Lunatic asylums Punjab 1911-1921 - 1911-1921
Year: 1911
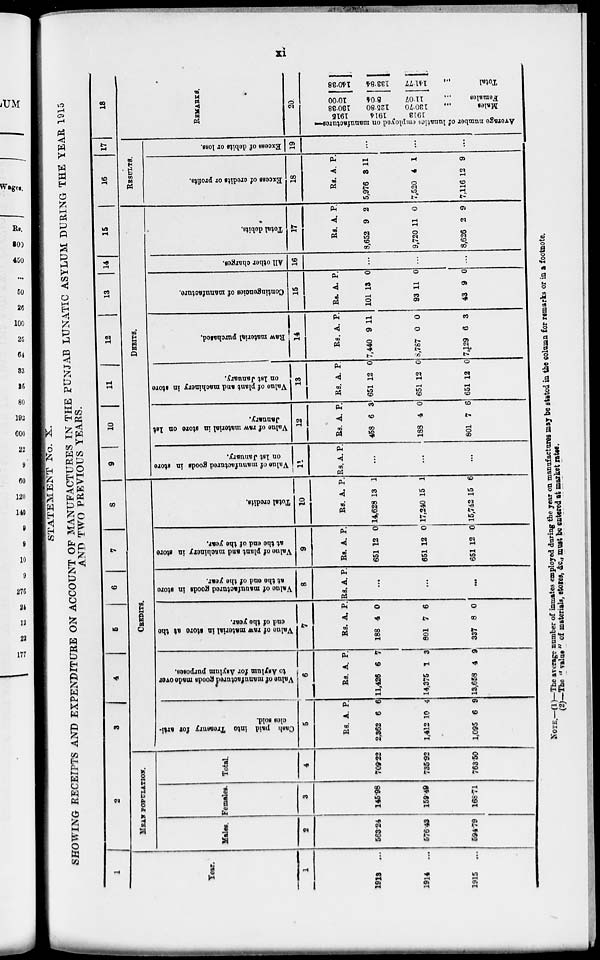
xi
STATEMENT No. X.
SHOWING RECEIPTS AND EXPENDITURE ON ACCOUNT OF MANUFACTURES IN THE PUNJAB LUNATIC ASYLUM DURING THE YEAR 1915
AND TWO PREVIOUS YEARS.
1
Year.
1
1913 ...
1914
...
1915
...
2
MEAN POPULATION.
Males.
2
563.24
576.43
594.79
Females.
3
145.98
159.49
168.71
Total.
4
709.22
735.92
763.50
3
4
5
6
7
8
CREDITS.
Cash
paid into Treasury for arti-
cles sold.
5
Rs.
2,362
1,412
1,095
A.
6
10
6
P.
6
4
9
Value
of manufactured goods made over
to Asylum for Asylum purposes.
6
Rs.
11,426
14,375
13,658
A.
6
1
4
P.
7
3
9
Value of raw material
in store at the
end of the year.
7
Rs.
188
801
337
A.
4
7
8
P.
0
6
0
Value
of manufactured goods in store
at the end of the year.
8
Rs. A. P.
...
...
...
Value
of plant and machinery in store
at the end of the year.
9
Rs.
651
651
651
A.
12
12
12
P.
0
0
0
Total credits.
10
Rs.
14,628
17,240
15,742
A.
13
15
15
P.
1
1
6
9
10 11 12 13 14 15
DEBITS.
Value of manufactured goods in store
on 1st January.
11
Rs A. P.
...
Value of raw material in store on 1st
January.
12
Rs.
458
188
801
A.
6
4
7
P.
3
0
6
Value of plant and machinery in store
on 1st January.
13
Rs.
651
651
651
A.
12
12
12
P.
0
0
0
Raw
material purchased.
14
Rs.
7,440
8,787
7,129
A.
9
0
6
P.
11
0
3
Contingencies of manufacture.
15
Rs.
101
93
43
A.
13
11
9
P.
0
0
0
All other charges.
16
...
...
Total debits.
17
Rs.
8,652
9,720
8,626
A.
9
11
2
P.
2
0
9
16
17
RESULTS.
Excess of credits or profits.
18
Rs.
5,976
7,520
7,116
A.
3
4
12
P.
11
1
9
Excess of debits or loss.
19
...
...
...
18
REMARKS.
20
Average number of lunatics employed on manufactures—
1915
1914
1913
180.38
125.80
130.70
Males ...
10.00
8.04
11.07
Females ...
140.38
133.84
141.77
Total ...
NOTE.—(1)—The average number of inmates employed during the year on manufactures may be stated in the column for remarks or in a footnote.
(2)—The " value " of materials, stores, &c., must be entered at market rates.